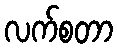
လက်စတာ